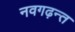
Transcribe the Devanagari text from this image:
नवगढ़न्त